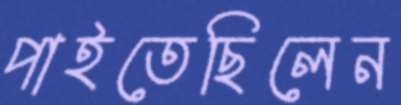
পাইতেছিলেন